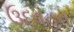
ઉદવહન